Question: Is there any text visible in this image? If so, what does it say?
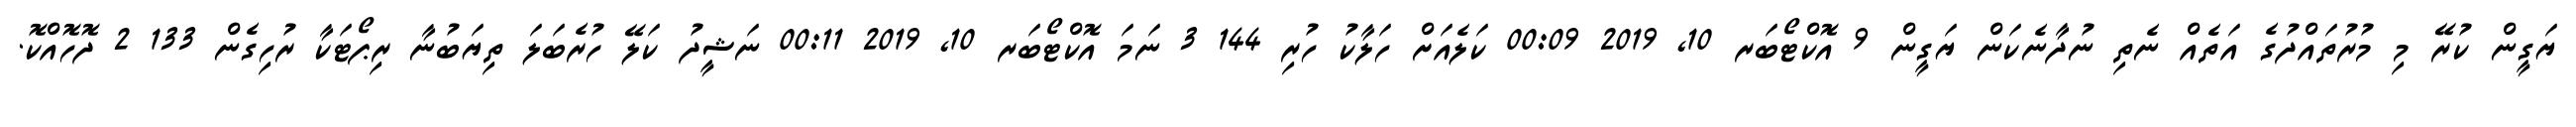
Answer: ޔަގީން ކުރޭ މި މުރުތައްދުގެ އަތެއް ނެތި ނުދާނެކަން ޔަގީން 9 އޮކްޓޯބަރ 10, 2019 00:09 ކަލެއަށް ހަލާކު ހުރި 144 3 ނަމަ އޮކްޓޯބަރ 10, 2019 00:11 ނަޝީދު ކަލޭ ހުރެބަލަ ތިޔަބުނާ ރިޕޯޓަކާ ރުހިގެން 133 2 ދޮހޮއްކޮ.